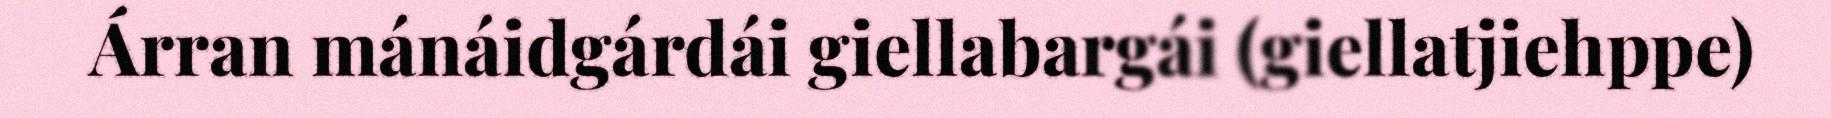
Árran mánáidgárdái giellabargái (giellatjiehppe)